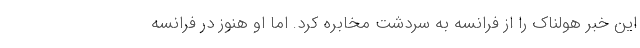
این خبر هولناک را از فرانسه به سردشت مخابره کرد. اما او هنوز در فرانسه